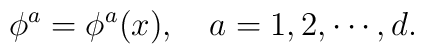
\phi ^a=\phi ^a(x),\quad a=1,2,\cdots ,d.